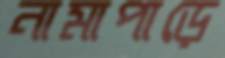
নামাপাড়ে